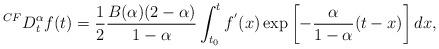
LaTeX: \begin{align*}^{CF}D_{t}^{\alpha}f(t)= \dfrac{1}{2}\dfrac{B(\alpha)(2-\alpha)}{1-\alpha}\int^{t}_{t_{0}}f^{'}(x)\exp\left[ -\dfrac{\alpha}{1-\alpha}(t-x)\right] dx,\end{align*}